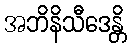
အဘိနိသီဒေန္တိ